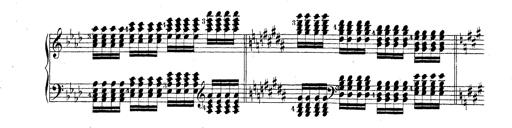
Title: Technische Studien
Composer: Franz Liszt